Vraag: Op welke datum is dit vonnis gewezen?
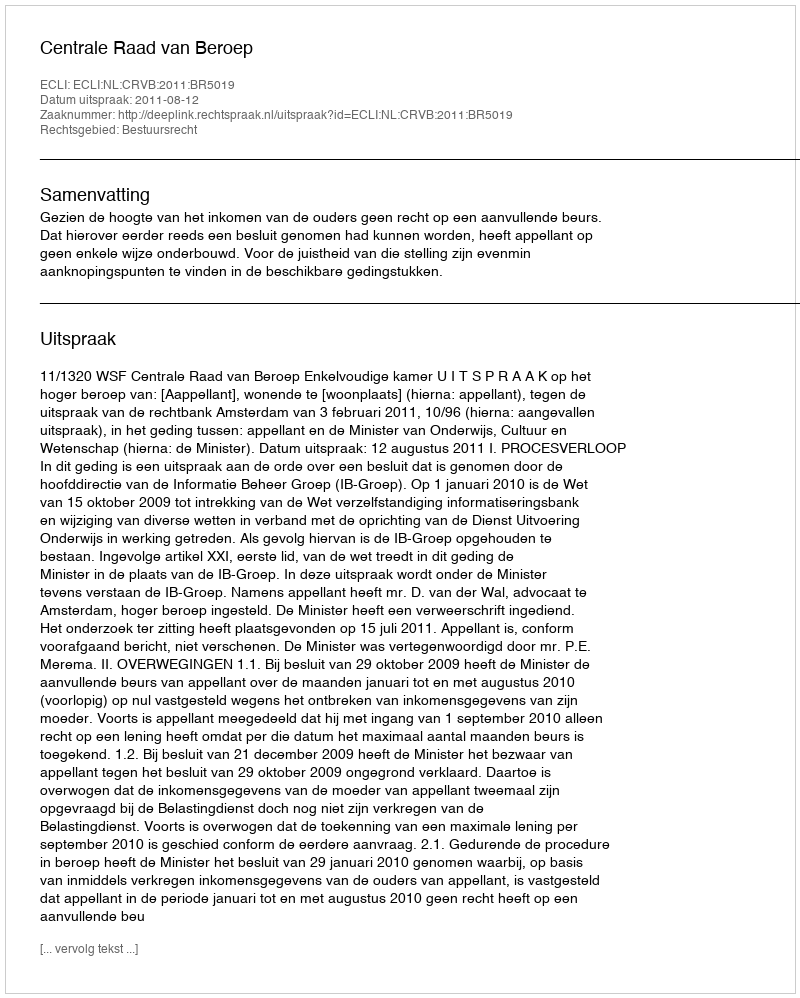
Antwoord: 2011-08-12